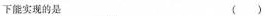
下能实现的是 ( )